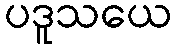
ပဒူသယေ